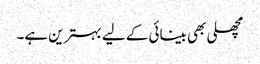
مچھلی بھی بینائی کے لیے بہترین ہے۔